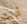
أديت